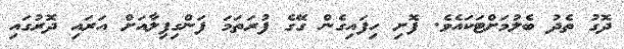
ދޮގު ތެދު ބެލުމަށްޓަކައެވެ. ފޮށި ހިފައިގެން ގޭގެ ފުރަތަމަ ފަންގިފިލާއަށް އަރައި ދޮރުގައި